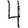
Digit: 4